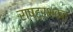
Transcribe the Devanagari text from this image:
राष्ट्रभक्त